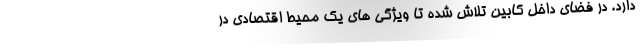
دارد. در فضای داخل کابین تلاش شده تا ویژگی های یک محیط اقتصادی در